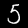
Digit: 5